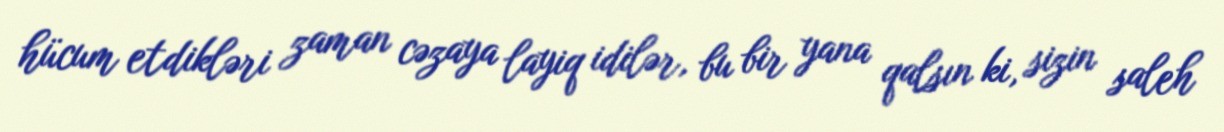
hücum etdikləri zaman cəzaya layiq idilər, bu bir yana qalsın ki, sizin saleh